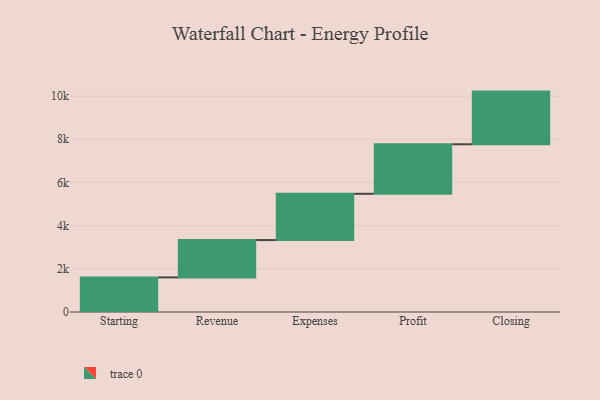
{"axis": {"x": "Step", "y": "Value"}, "legend": [""], "data": [{"x": "Starting", "y": 1602.0, "type": ""}, {"x": "Revenue", "y": 1729.0, "type": ""}, {"x": "Expenses", "y": 2143.0, "type": ""}, {"x": "Profit", "y": 2293.0, "type": ""}, {"x": "Closing", "y": 2439.0, "type": ""}]}